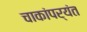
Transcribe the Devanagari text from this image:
चाकांपर्यंत